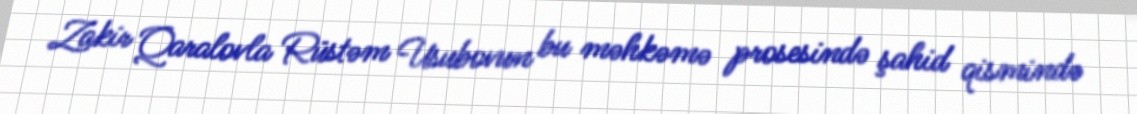
Zakir Qaralovla Rüstəm Usubovun bu məhkəmə prosesində şahid qismində